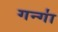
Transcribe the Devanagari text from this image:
गन्गा॑